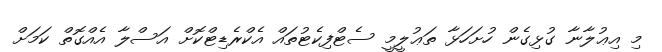
މި އިޢުލާނާ ގުޅިގެން ހުށަހަޅާ ތަޢުލީމީ ސެޓްފިކެޓުތައް އެކްރެޑިޓްކޮށް އަސްލާ އެއްގޮތް ކަމަށް